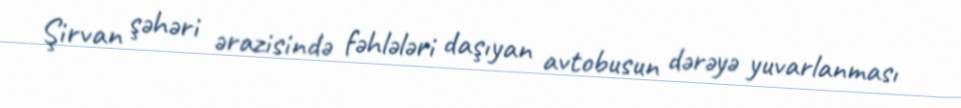
Şirvan şəhəri ərazisində fəhlələri daşıyan avtobusun dərəyə yuvarlanması